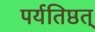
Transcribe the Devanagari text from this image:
पर्यतिष्ठत्